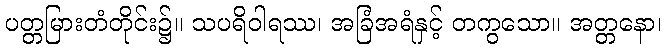
ပတ္တမြားတံတိုင်း၌။ သပရိဝါရဿ၊ အခြံအရံနှင့် တကွသော။ အတ္တနော၊